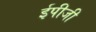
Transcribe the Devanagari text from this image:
ईपीजी